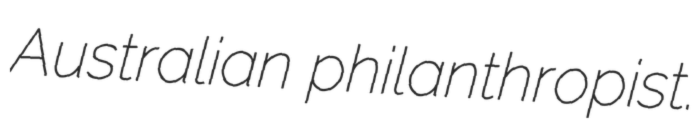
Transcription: Australian philanthropist.